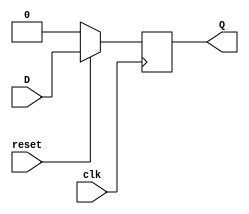
module D_FF(
    input clk,
    input reset,
    input D,
    output reg Q
);

always @ (posedge clk)
begin 
    if(!reset)
        Q <= 1'b0;
    else
        Q <= D;
end
endmodule